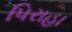
પિરાહા